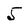
Character: 5